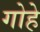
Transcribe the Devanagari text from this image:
गोहे